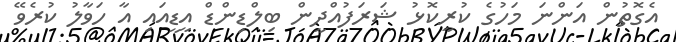
އެގޮތުން އަންނަ މަހުގެ ކުރީކޮޅު ޝަރަފުއްދީން ބިލްޑިންޑް އީޑީއައި އާ ހަވާލު ކުރެވޭ